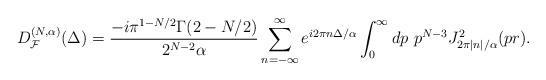
LaTeX: \begin{align*}D_{{\cal F}}^{(N, \alpha)}(\Delta) =\frac{-i \pi^{1-N/2}\Gamma(2-N/2)}{2^{N-2} \alpha}\sum_{n=-\infty}^{\infty} e^{i 2\pi n \Delta/\alpha}\int_{0}^{\infty} dp\ p^{N-3}J^2_{2\pi |n|/\alpha}(p r) .\end{align*}